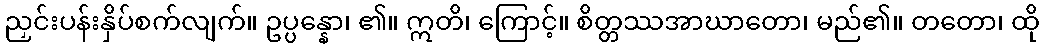
ညှင်းပန်းနှိပ်စက်လျက်။ ဥပ္ပန္နော၊ ၏။ ဣတိ၊ ကြောင့်။ စိတ္တဿအာဃာတော၊ မည်၏။ တတော၊ ထို